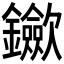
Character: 𨰇